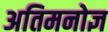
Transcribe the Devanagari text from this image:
अतिमनोज्ञ